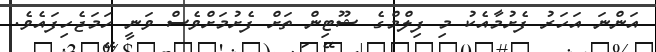
އަންނަ އަހަރު ފެށުމާއެކު މި ފިލްމްގެ ޝޫޓިން ތަށް ފެށުމަށްވެސް ވަނީ ހަމަޖެހިފައެވެ.